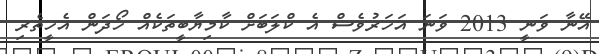
އޭނާ ވަނީ 2013 ވަނަ އަހަރުވެސް އެ ކްލަބަށް ކާމިޔާބީތަކެއް ހޯދަން އެހީތެރި